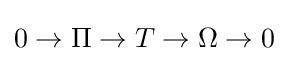
0\to \Pi \to T\to \Omega \to 0